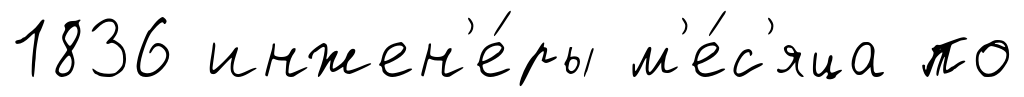
1836 инжен'е́ры м'е́с'яца по